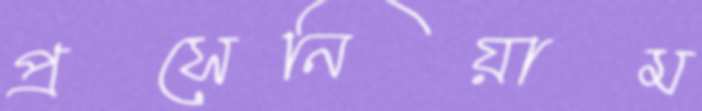
প্রসেনিয়াম